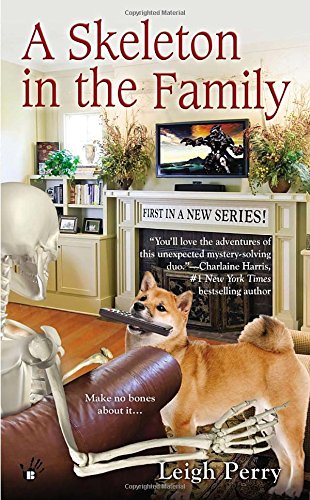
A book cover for A Skeleton in the Family (A Family Skeleton Mystery); Leigh Perry; Mystery, Thriller & Suspense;